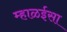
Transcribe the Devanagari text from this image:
म्हाळईसा